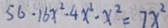
5 6 . 1 6 x ^ { 2 } - 4 x ^ { 2 } - x ^ { 2 } = 7 x ^ { 2 }